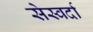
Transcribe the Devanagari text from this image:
सेस्वर्दा